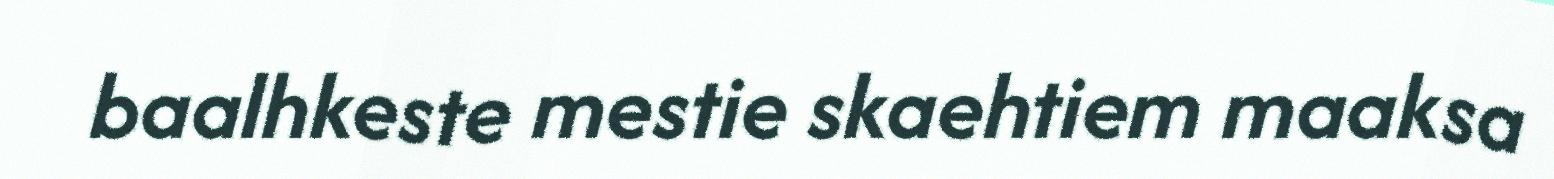
baalhkeste mestie skaehtiem maaksa